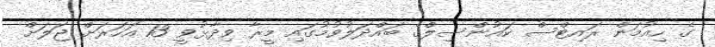
ގެ ހިއުމަން ރައިޓްސް ކައުންސިލްގެ ބައްދަލުވުމުގައި މީރާ ވިދާޅުވީ 13 އަހަރަށް ޖަލަށް